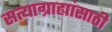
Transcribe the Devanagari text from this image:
सत्याग्राह्यांसाठी